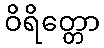
ဝိရိတ္တော